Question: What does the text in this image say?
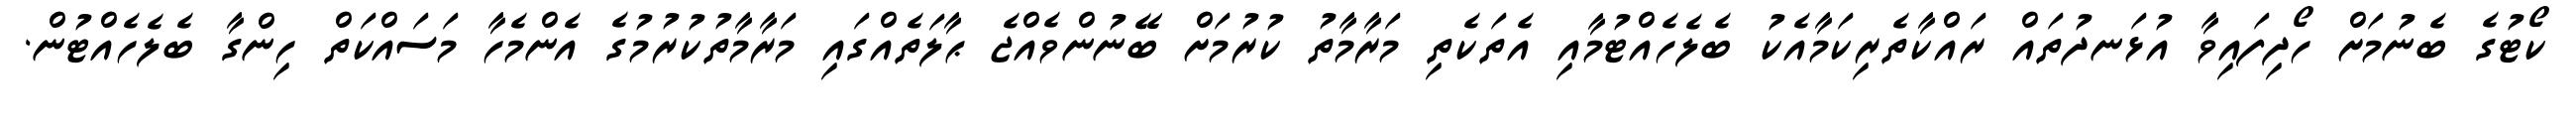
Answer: ކޯޓުގެ ބެނުމަށް ހޯދިފައިވާ އުޅަނދުތައް ރައްކާތެރިކަމާއެކު ބެލެހެއްޓުމާއި އެތަކެތި މަރާމާތު ކުރުމަށް ބޭނުންވެއްޖެ ޙާލަތެއްގައި މަރާމާތުކުރުމުގެ އެންމެހާ މަސައްކަތް ހިންގާ ބެލެހެއްޓުން.